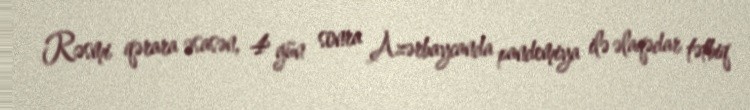
Rəsmi qərara əsasən, 4 gün sonra Azərbaycanda pandemiya ilə əlaqədar tətbiq